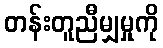
တန်းတူညီမျှမှုကို